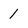
Character: 1